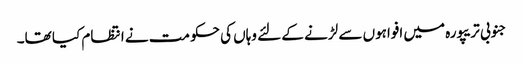
جنوبی تریپورہ میں افواہوں سے لڑنے کے لئے وہاں کی حکومت نے انتظام کیا تھا۔